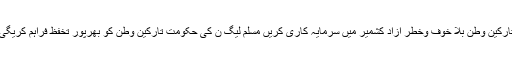
تارکین وطن بلا خوف وخطر آزاد کشمیر میں سرمایہ کاری کریں مسلم لیگ ن کی حکومت تارکین وطن کو بھرپور تخفظ فراہم کریگی۔